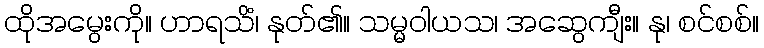
ထိုအမွေးကို။ ဟာရသိံ၊ နုတ်၏။ သမ္မဝါယသ၊ အဆွေကျီး။ နု၊ စင်စစ်။